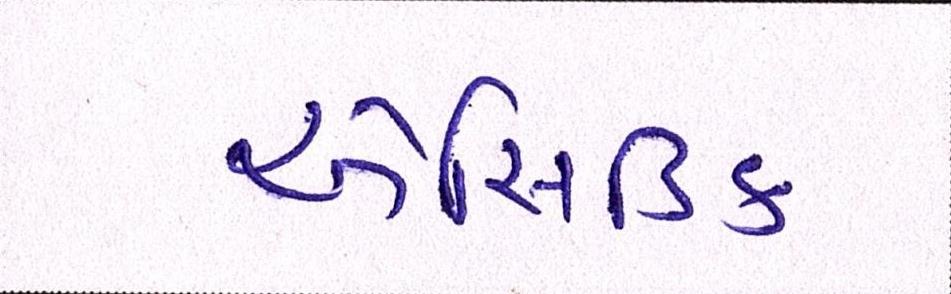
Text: એસિડિક